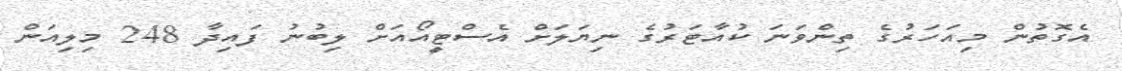
އެގޮތުން މިއަހަރުގެ ތިންވަނަ ކުއާޓަރުގެ ނިޔަލަށް އެސްޓީއޯއަށް ލިބުނު ފައިދާ 248 މިލިއަން